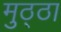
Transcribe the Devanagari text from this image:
मुठ्ठा